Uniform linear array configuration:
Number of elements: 32
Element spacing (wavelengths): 1
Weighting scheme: exponential
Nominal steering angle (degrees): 60
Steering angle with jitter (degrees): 60.218
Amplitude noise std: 0.05
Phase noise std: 0.05

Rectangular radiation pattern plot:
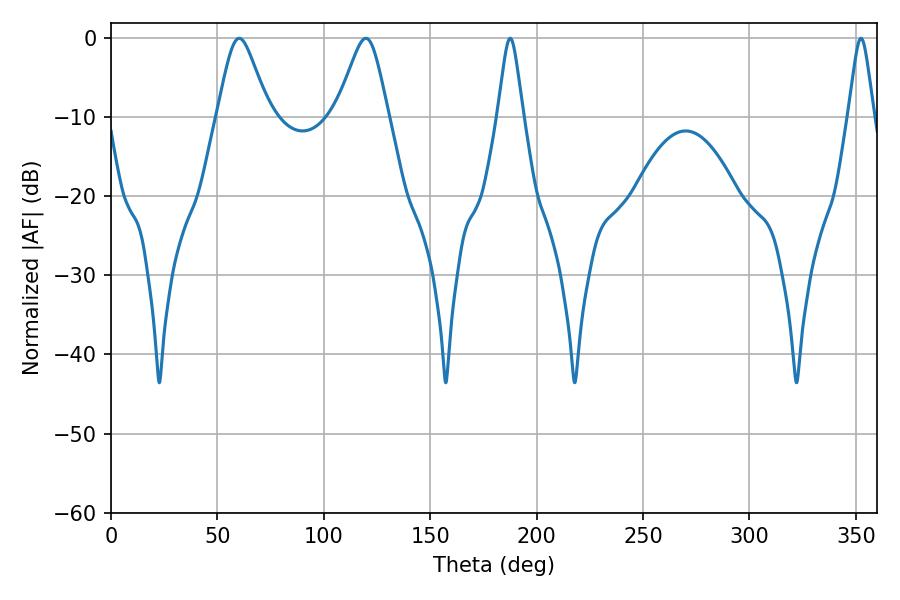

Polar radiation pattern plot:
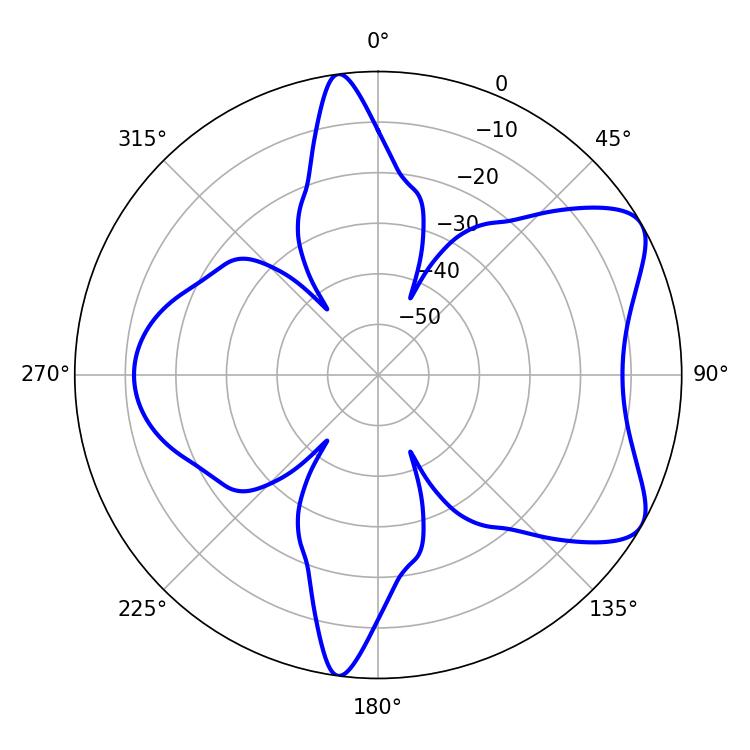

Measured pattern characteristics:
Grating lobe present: TRUE
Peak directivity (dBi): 7.089
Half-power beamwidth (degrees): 5.76
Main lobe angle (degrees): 187.56